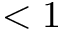
< 1